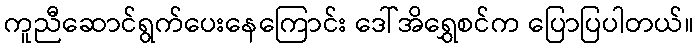
ကူညီဆောင်ရွက်ပေးနေကြောင်း ဒေါ်အိရွှေစင်က ပြောပြပါတယ်။